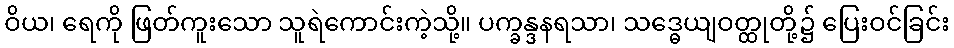
ဝိယ၊ ရေကို ဖြတ်ကူးသော သူရဲကောင်းကဲ့သို့။ ပက္ခန္ဒနရသာ၊ သဒ္ဓေယျဝတ္ထုတို့၌ ပြေးဝင်ခြင်း